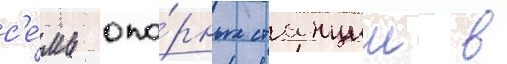
с'е́мь опо́рных станции в